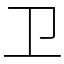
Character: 卫